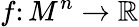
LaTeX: f\colon M^{n}\rightarrow\mathbb{R}